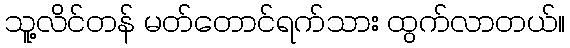
သူ့လိင်တန် မတ်တောင်ရက်သား ထွက်လာတယ်။